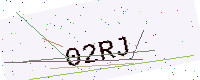
Text: 02RJ